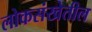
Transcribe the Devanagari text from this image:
लोकसंखेतील